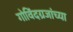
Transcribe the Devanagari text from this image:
गोविंदग्रजांच्या